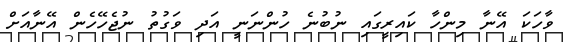
ވާހަކަ އޭނާ މިންހާ ކައިރީގައި ނުބުނެ ހުންނަނީ އަދި ވަގުތު ނުޖެހޭހެން އޭނާއަށް